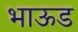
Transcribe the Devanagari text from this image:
भाऊड